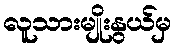
လူသားမျိုးနွယ်မှ